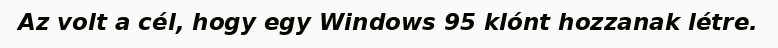
Az volt a cél, hogy egy Windows 95 klónt hozzanak létre.